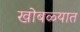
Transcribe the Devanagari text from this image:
खोबळ्यात